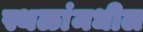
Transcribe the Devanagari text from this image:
स्थळांमधील